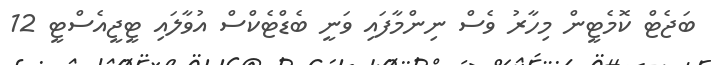
ބަޖެޓް ކޮމެޓީން މިހާރު ވެސް ނިންމާފައި ވަނީ ބެޑްޓެކްސް އުވާލައި ޓީޖީއެސްޓީ 12